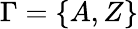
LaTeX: \Gamma=\{ A,Z\}